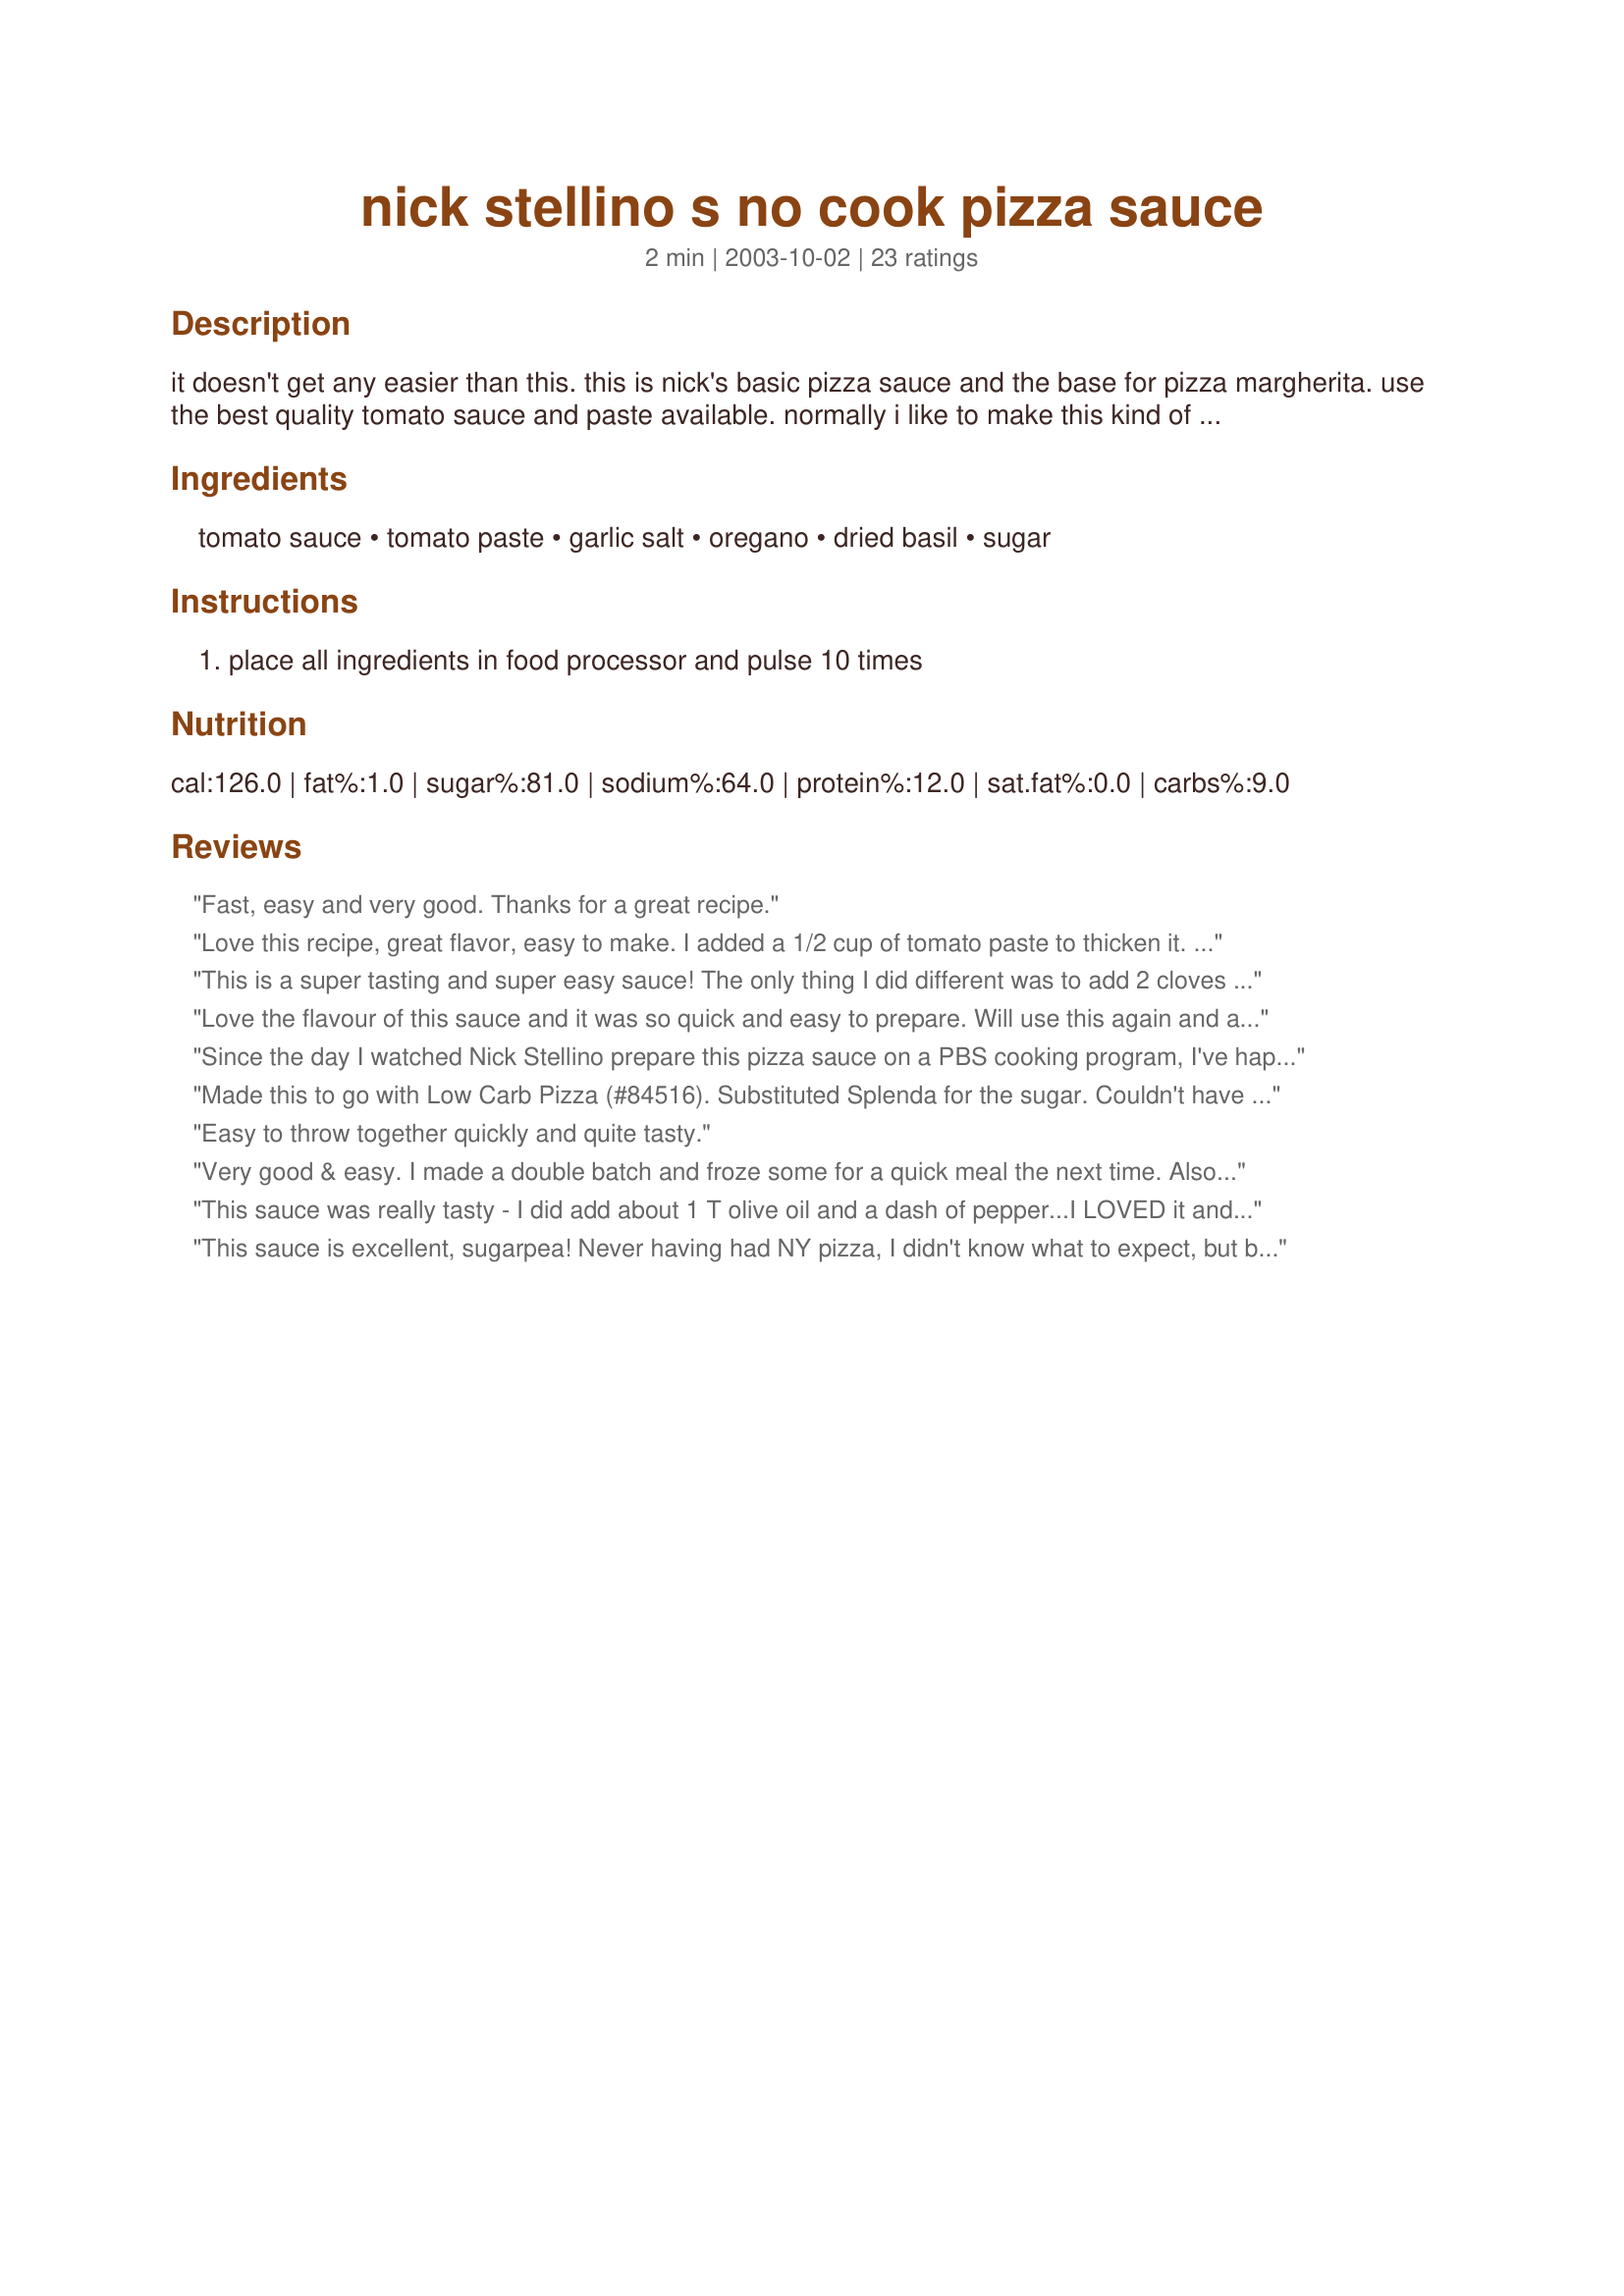
nick stellino s no cook pizza sauce
Preparation time: 2 minutes

it doesn't get any easier than this. this is nick's basic pizza sauce and the base for pizza margherita. use the best quality tomato sauce and paste available. normally i like to make this kind of thing starting with fresh tomatoes, but of course, it has to be summer and you have to get your hands on the tomatoes. i promise, you can't get this flavor from hot house tomatoes. freeze what you don't need or use it to start spaghetti sauce.

Ingredients:
tomato sauce, tomato paste, garlic salt, oregano, dried basil, sugar

Steps:
place all ingredients in food processor and pulse 10 times

Reviews:
Fast, easy and very good. Thanks for a great recipe.
Love this recipe, great flavor, easy to make. I added a 1/2 cup of tomato paste to thicken it. I also added ground black pepper and more sugar for my taste. Sometimes I use Italian seasoning instead of the other spices. My husband added food processed pepperoni for a spicy flavor. We love this sauce on French bread pizza.
This is a super tasting and super easy sauce! The only thing I did different was to add 2 cloves of minced garlic just because I love the flavor. This will be my #1 recipe for pizza sauce from now on! Thanks sugarpea!
Love the flavour of this sauce and it was so quick and easy to prepare. Will use this again and again. Thanks sugarpea.
Since the day I watched Nick Stellino prepare this pizza sauce on a PBS cooking program, I've happily been using his recipe. This sauce, which I use to make a lot of homemade pizza and calzones, has become a staple in my kitchen. I can't even remember the last time I bought canned pizza sauce!
Made this to go with Low Carb Pizza (#84516). Substituted Splenda for the sugar. Couldn't have been easier to make and tasted great.
Easy to throw together quickly and quite tasty.
Very good & easy. I made a double batch and froze some for a quick meal the next time. Also added a dash of pepper.
This sauce was really tasty - I did add about 1 T olive oil and a dash of pepper...I LOVED it and it was so easy to make. I'm used to good NY style pizza and this was a pretty close runner up. My hubby, who is more partial to pizza hut and the like said it wasn't his fave...
This sauce is excellent, sugarpea! Never having had NY pizza, I didn't know what to expect, but being from Chicago, where pizza is pretty much a staple food, this reminded me of the pizzeria pizzas back home. Thanks for sharing.
This was very good and surprisingly easy! I added about a tablespoon of parmesan cheese and a pinch of red pepper flakes. My kids loved it as much as I did!
Love this so simple and flavor packed!! Made the night before, added 4 tablespoons olive oil (doubled the recipe) two cans sauce one large paste, added one can diced italian tomatoes,four cloves finely chopped garlic & 2 tsp red pepper flakes. I had a pizza party and everyone raved about the sauce. I WILL NEVER BUY STORE BOUGHT AGAIN!!
Good recipe to use in a pinch. I used some last night and the rest today. I think I like today's better because the flavors had a chance to blend.
I canned a HUGE amount of tomatoes this past summer. A lot of it was made into an unseasoned, pizza sauce. This recipe was my missing link to homemade pizza success! Not cooking the sauce is the secret that makes our pizza wonderful! Nick Stellino is a favorite anyway, so loving this sauce was a natural for us.
This was good. I feel like I'm still looking for the perfect homemade sauce though. For me, there is a still-undefineable difference between a good restaurant sauce and what I can do at home. I think I like a no-cook sauce like this best though. Maybe I'll keep tweaking it. Thanks for sharing this recipe, Sugarpea!
This is really good and so easy to make. I used an 8 oz. can of sauce and a 6 oz can of paste. I also used garlic powder instead of salt, and cut the sugar in half. Made the perfect amount for 2 homemade pizzas.
had made this a few times, never been disappointed. have added a bit more sugar, more garlic red pepper flakes and a 1/2 teaspoon of sea salt.
I was worried the taste of this sauce would be too intense with all the paste, but it wasn't at all! I used jar spaghetti sauce and therefore left out the seasonings since the sauce was well seasoned. So good- used in my deep dish and it helped the pizza not get so watery. Served some on the side for dipping- delish!
Sometimes simple is best, and you're right--it doesn't get any easier. :) So far, I have used it in Recipe #184338, and it was delicious. I'll have to try your Pizza Margherita soon, though, as it sounds wonderful. Thanks for posting!
I've made this pizza sauce twice this week. The second time I doubled it. It is so easy and tastes really good. The first time it went on homemade pizza. Tonight it was used as a dipping sauce. Thanks for sharing your recipe.
This is a simple and tasty sauce. I used garlic powder instead of salt. Followed the recipe otherwise. I let it sit for a few hours before using to let the flavors develope. I loved that it didn't take any time at all to put together. I'm looking forward to adding some crushed red pepper and olive oil next time. Thanks so much for posting this recipe.
What an awesome recipe! Thank you so much for sharing! My DH and kids (2 & 4) all loved it. I read all the reviews and added the 1T olive oil, dash of pepper, dash of red pepper, and some shredded parmesan cheese. I also used garlic powder and a dash of salt, but I think next time I'll leave the salt out. I also used 6oz of tomato paste, as we like our sauces a bit thicker (and it was the size of the can lol). It's a big hit here!
I thought this sauce was the best!! I have made others, which were much more complicated and this one tastes 10 times better than those and is so much easier as well. The extra sauce works great as a dip for breadsticks too. Thank you so much for this recipe!
